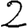
Digit: 2